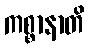
ကစ္စာနာတိ